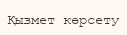
Қызмет көрсету